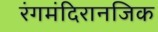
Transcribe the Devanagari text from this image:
रंगमंदिरानजिक